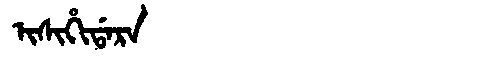
Manchu: ᡳᠰᡳᡥᡳᡩᠠᡵᠠ
Romanization: ISIHIDARA